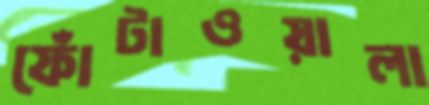
ফোঁটাওয়ালা